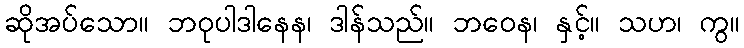
ဆိုအပ်သော။ ဘဝုပါဒါနေန၊ ဒါန်သည်။ ဘဝေန၊ နှင့်။ သဟ၊ ကွ။